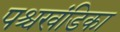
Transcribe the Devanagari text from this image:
पश्चखंडिका